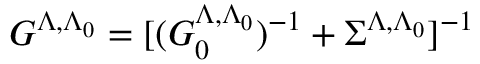
G ^ { \Lambda , \Lambda _ { 0 } } = [ ( G _ { 0 } ^ { \Lambda , \Lambda _ { 0 } } ) ^ { - 1 } + \Sigma ^ { \Lambda , \Lambda _ { 0 } } ] ^ { - 1 }